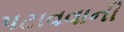
પટાવવાની